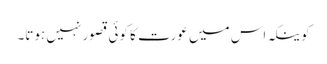
کوینکہ اس میں عورت کا کوئی قصور نہیں ہوتا۔